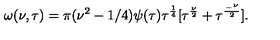
\omega ( \nu , \tau ) = \pi ( \nu ^ { 2 } - 1 / 4 ) \psi ( \tau ) \tau ^ { \frac { 1 } { 4 } } [ \tau ^ { \frac { \nu } { 2 } } + \tau ^ { \frac { _ - \nu } { 2 } } ] .